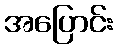
အပြောင်း